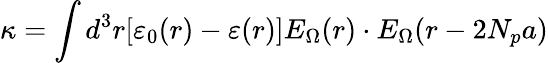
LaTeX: \kappa=\int d^{3}r[\varepsilon_{0}(r)-\varepsilon(r)]E_{\Omega}(r)\cdot E_{\Omega}(r-2N_{p}a)